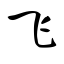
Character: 飞